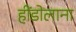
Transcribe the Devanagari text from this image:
हींडोलाना